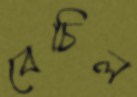
বেচিল